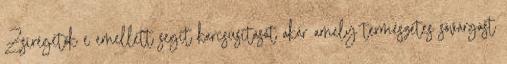
Zsírégetők e emellett segít karcsúsítását akár amely természetes sóvárgást